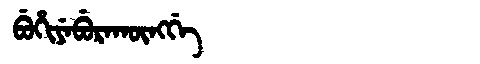
Manchu: ᠪᡠᡥᡳᠶᡝᠪᡠᡵᠠᡴᡡᠩᡤᡝ
Romanization: BUHIYEBURAKŪNGGE